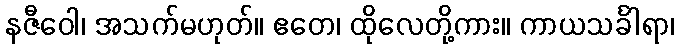
နဇီဝေါ၊ အသက်မဟုတ်။ ဧတေ၊ ထိုလေတို့ကား။ ကာယသင်္ခါရာ၊